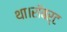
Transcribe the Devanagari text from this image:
था।रॉबर्ट